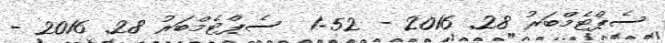
ސެޕްޓެމްބަރު 28